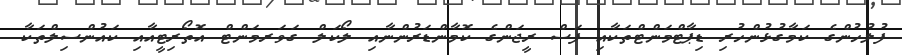
ފުލުހުންގެ ކަމާގުޅުންހުރި ޑިޕާޓްމަންޓްތަކާއި ފަސް ރީޖަންގެ ކޮމާންޑަރުންނާއި ލޯކަލް ގަވަރމަންޓް އޮތޯރިޓީއާއި ކައުންސިލްތަކާ